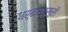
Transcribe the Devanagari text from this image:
धर्मशास्रों